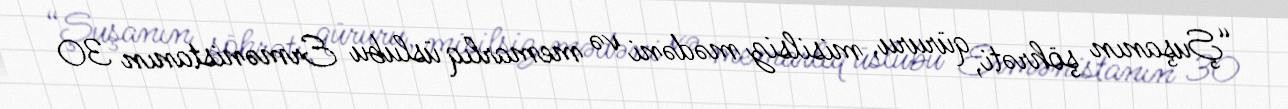
“Şuşanın şöhrəti, qüruru, misilsiz mədəni və memarlıq üslubu Ermənistanın 30